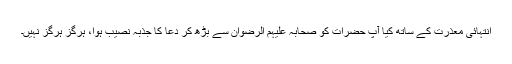
انتہائی معذرت کے ساتھ کیا آپ حضرات کو صحابہ علیہم الرضوان سے بڑھ کر دعا کا جذبہ نصیب ہوا، ہرگز ہرگز نہیں۔